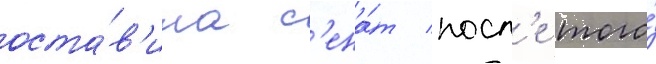
оста́в'ила с'ена́т посл'е того́